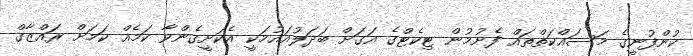
ކުންފުނީގެ މަސައްކަތްތައް ފެށުމުން ޓިކެޓްގެ އަގަށް ބަދަލުއަައުމަކީ އެކަށީގެންވާ ކަމެއް ކަމަށް ރައްޒާގް